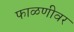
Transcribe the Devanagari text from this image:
फाळणीवर